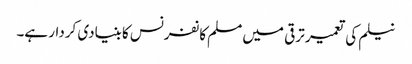
نیلم کی تعمیر ترقی میں مسلم کانفرنس کا بنیادی کردار ہے۔